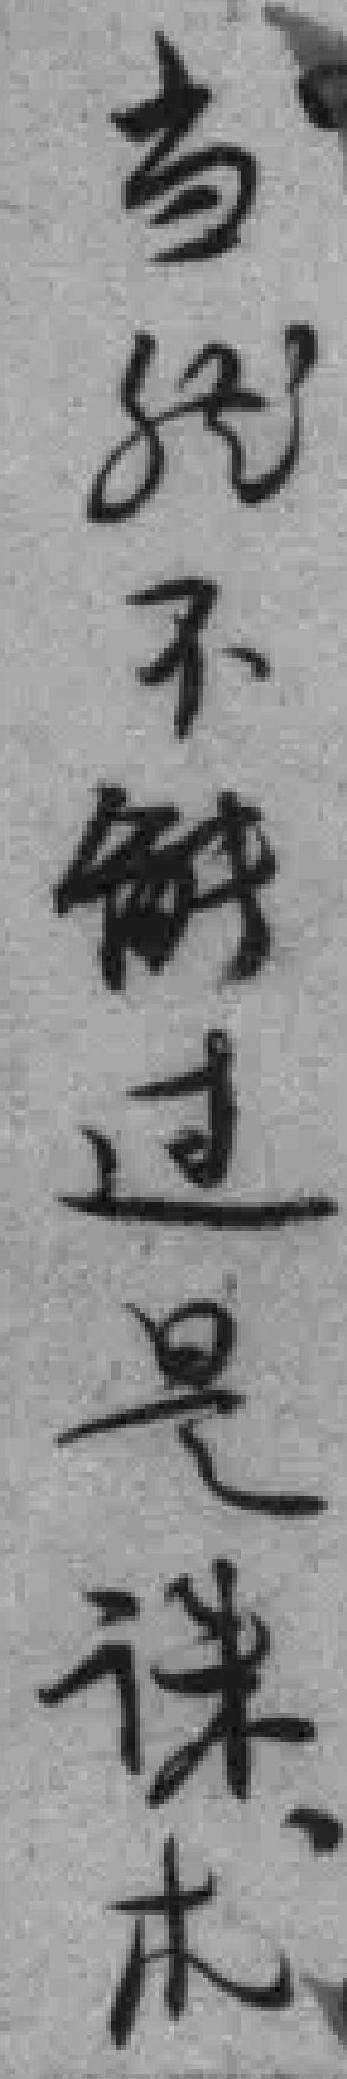
当然不解过是诛求